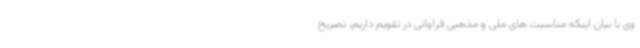
وی با بیان اینکه مناسبت های ملی و مذهبی فراوانی در تقویم داریم، تصریح